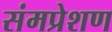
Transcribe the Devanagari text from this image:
संमप्रेशण